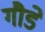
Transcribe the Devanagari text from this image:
गौडे